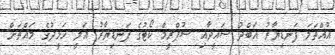
އުއްތަމަ ފަނޑިޔާރު އަބްދު ސައީދާއި ސުޕްރީމް ކޯޓުގެ ފަނޑިޔާރު އަލީ ހަމީދުގެ މައްޗަށް